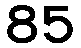
85